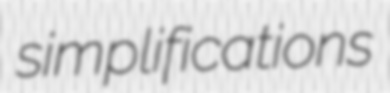
simplifications